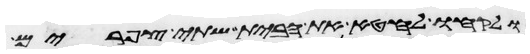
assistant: ולקחו לחטא את הבית שתי צפורים